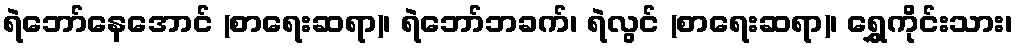
ရဲဘော်နေအောင် (စာရေးဆရာ)၊ ရဲဘော်ဘခက်၊ ရဲလွင် (စာရေးဆရာ)၊ ရွှေကိုင်းသား၊